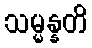
သမ္မန္နတိ